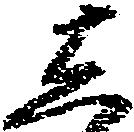
し